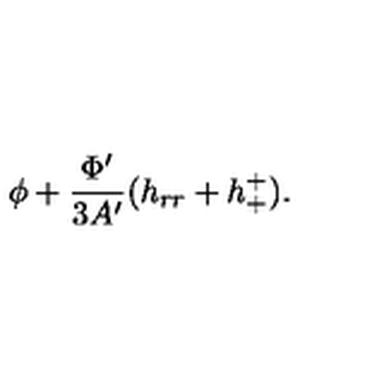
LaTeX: \phi + \frac { \Phi ^ { \prime } } { 3 A ^ { \prime } } ( h _ { r r } + h _ { + } ^ { + } ) .